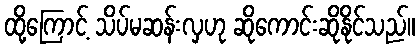
ထို့ကြောင့် သိပ်မဆန်းလှဟု ဆိုကောင်းဆိုနိုင်သည်။